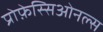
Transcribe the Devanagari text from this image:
प्रोफ़ेस्सिओनल्स